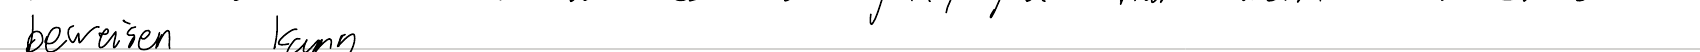
beweisen kann